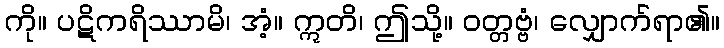
ကို။ ပဋိကရိဿာမိ၊ အံ့။ ဣတိ၊ ဤသို့။ ဝတ္တဗ္ဗံ၊ လျှောက်ရာ၏။